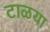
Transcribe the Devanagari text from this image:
टाळया